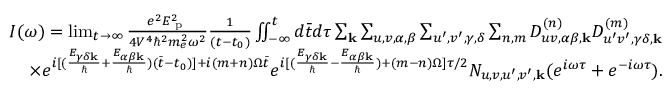
\begin{array} { r } { I ( \omega ) = \operatorname* { l i m } _ { t \rightarrow \infty } \frac { e ^ { 2 } E _ { \textrm { p } } ^ { 2 } } { 4 V ^ { 4 } \hbar ^ { 2 } m _ { e } ^ { 2 } \omega ^ { 2 } } \frac { 1 } { ( t - t _ { 0 } ) } \iint _ { - \infty } ^ { t } d \bar { t } d \tau \sum _ { \mathbf { k } } \sum _ { u , v , \alpha , \beta } \sum _ { u ^ { \prime } , v ^ { \prime } , \gamma , \delta } \sum _ { n , m } D _ { u v , \alpha \beta , \mathbf { k } } ^ { ( n ) } D _ { u ^ { \prime } v ^ { \prime } , \gamma \delta , \mathbf { k } } ^ { ( m ) } } \\ { \times e ^ { i [ ( \frac { E _ { \gamma \delta \mathbf { k } } } { \hbar } + \frac { E _ { \alpha \beta \mathbf { k } } } { \hbar } ) ( \bar { t } - t _ { 0 } ) ] + i ( m + n ) \Omega \bar { t } } e ^ { i [ ( \frac { E _ { \gamma \delta \mathbf { k } } } { \hbar } - \frac { E _ { \alpha \beta \mathbf { k } } } { \hbar } ) + ( m - n ) \Omega ] \tau / 2 } N _ { u , v , u ^ { \prime } , v ^ { \prime } , \mathbf { k } } ( e ^ { i \omega \tau } + e ^ { - i \omega \tau } ) . } \end{array}